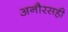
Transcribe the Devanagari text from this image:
अनौरसही